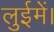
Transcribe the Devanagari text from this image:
लुईमें।